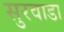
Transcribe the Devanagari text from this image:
सुरवाडा